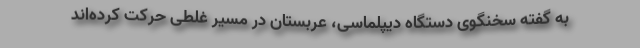
به گفته سخنگوی دستگاه دیپلماسی، عربستان در مسیر غلطی حرکت کرده‌اند